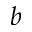
b